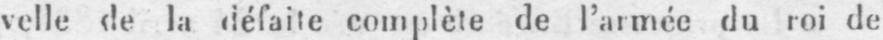
velle de la défaite complète de l’armée du roi de